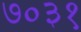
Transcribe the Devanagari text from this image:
७०३१